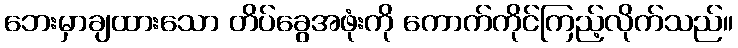
ဘေးမှာချထားသော တိပ်ခွေအဖုံးကို ကောက်ကိုင်ကြည့်လိုက်သည်။